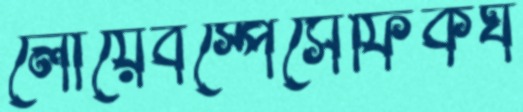
লোয়েবস্পেসেফিকঘ